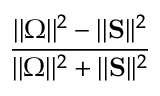
\frac { | | \boldsymbol { \Omega } | | ^ { 2 } - | | \mathbf { S } | | ^ { 2 } } { | | \boldsymbol { \Omega } | | ^ { 2 } + | | \mathbf { S } | | ^ { 2 } }